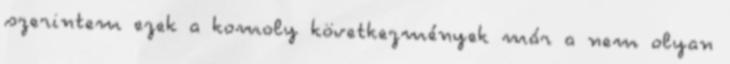
szerintem ezek a komoly következmények már a nem olyan